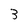
Character: 3